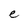
Character: e